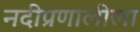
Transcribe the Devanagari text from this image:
नदीप्रणालीला